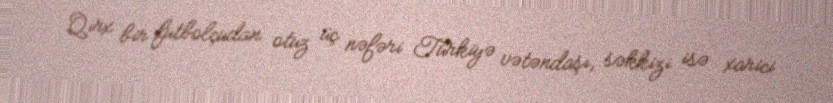
Qırx bir futbolçudan otuz üç nəfəri Türkiyə vətəndaşı, səkkizi isə xarici